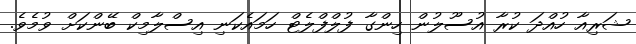
ޝަރިއާ ހުއްދަ ކުރާ އުސޫލުން ހިންގާ ފުލްފްލެޓް ހަމައެކަނި އިސްލާމިކް ބޭންކަށް ވުމެވެ.